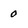
Character: 0